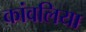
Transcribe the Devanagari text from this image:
कांवलिया